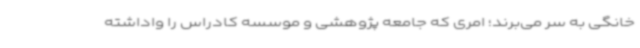
خانگی به سر می‌برند؛ امری که جامعه پژوهشی و موسسه کادراس را واداشته